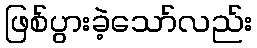
ဖြစ်ပွားခဲ့သော်လည်း